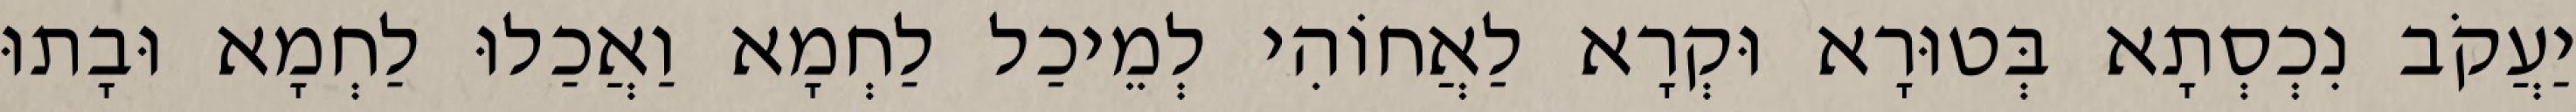
יַעֲקֹב נִכְסְתָא בְּטוּרָא וּקְרָא לַאֲחוֹהִי לְמֵיכַל לַחְמָא וַאֲכַלוּ לַחְמָא וּבָתוּ